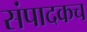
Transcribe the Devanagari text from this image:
संपादकच